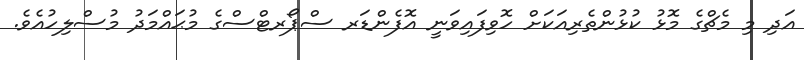
އަދި މި މެޗްގެ މޮޅު ކުޅުންތެރިއަކަށް ހޮވިފައިވަނީ އޮފެންޑަރ ސްޕޯރޓްސްގެ މުޙައްމަދު މުސްލިހުއެވެ.